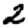
Digit: 2